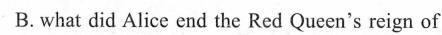
B. what did Alice end the Red Queen's reign of